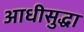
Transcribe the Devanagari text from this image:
आधीसुद्धा